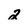
Character: 2